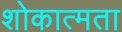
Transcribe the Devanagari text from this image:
शोकात्मता